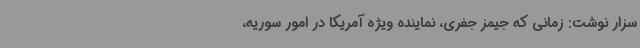
سزار نوشت: زمانی که جیمز جفری، نماینده ویژه آمریکا در امور سوریه،